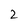
Character: 2